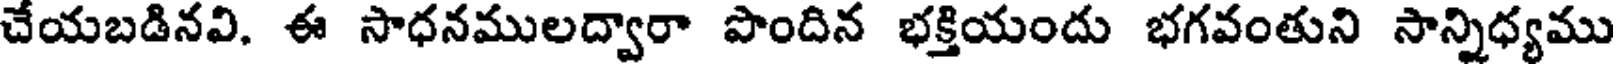
చేయబడినవి. ఈ సాధనములద్వారా పొందిన భక్తియందు భగవంతుని సాన్నిధ్యము